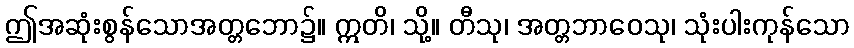
ဤအဆုံးစွန်သောအတ္တဘော၌။ ဣတိ၊ သို့။ တီသု၊ အတ္တဘာဝေသု၊ သုံးပါးကုန်သော